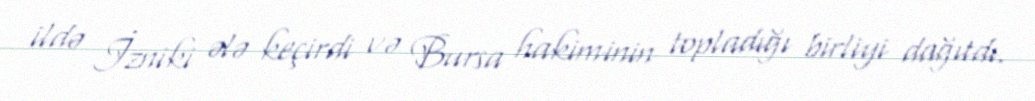
ildə İzniki ələ keçirdi və Bursa hakiminin topladığı birliyi dağıtdı.